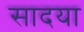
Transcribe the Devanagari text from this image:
सादया